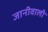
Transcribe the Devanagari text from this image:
जानीवाली